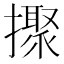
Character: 𢷗